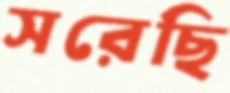
সরেছি